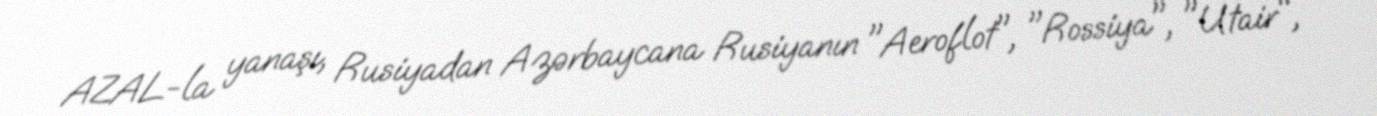
AZAL-la yanaşı, Rusiyadan Azərbaycana Rusiyanın "Aeroflot", "Rossiya", "Utair",